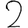
Digit: 2